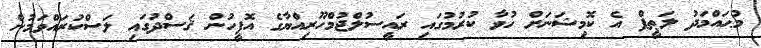
މުޙައްމަދު ލަޠީފް އެ ކޮމިޝަނަށް ހުވާ ކުރުމުގައި ރައީސުލްޖުމްހޫރިއްޔާގެ އޮފީހުން ޤަސްދުގައި ލަސްކުރައްވަމުން